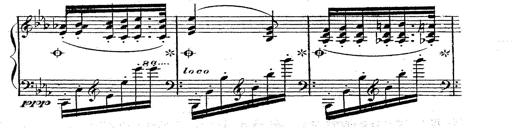
Title: 12 Lieder von Franz Schubert
Composer: Franz Liszt